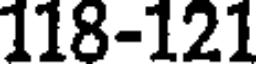
118-121